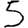
Digit: 5